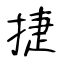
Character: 捷